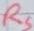
Text: RS